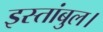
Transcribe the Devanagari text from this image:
इस्तांबुल।